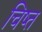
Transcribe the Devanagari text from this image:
चिष्त